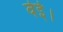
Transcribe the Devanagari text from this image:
वेई।